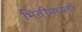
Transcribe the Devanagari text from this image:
भिंतींमध्येही